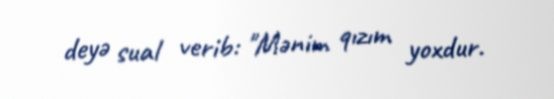
deyə sual verib: "Mənim qızım yoxdur.